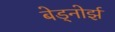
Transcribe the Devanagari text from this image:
बेड्नोर्झ